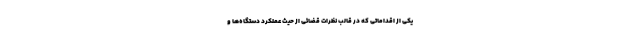
یکی از اقداماتی که در قالب نظرات قضائی از حیث عملکرد دستگاه‌ها و